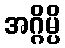
အဂ္ဂိမ္ပိ